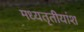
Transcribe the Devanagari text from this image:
मध्यतृतीयांश